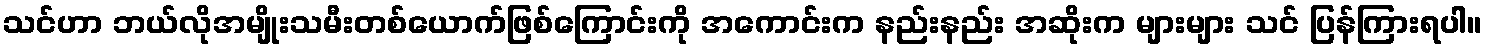
သင်ဟာ ဘယ်လိုအမျိုးသမီးတစ်ယောက်ဖြစ်ကြောင်းကို အကောင်းက နည်းနည်း အဆိုးက များများ သင် ပြန်ကြားရပါ။